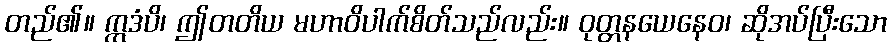
တည်၏။ ဣဒံပိ၊ ဤတတိယ မဟာဝိပါက်စိတ်သည်လည်း။ ဝုတ္တနယေနေဝ၊ ဆိုအပ်ပြီးသော